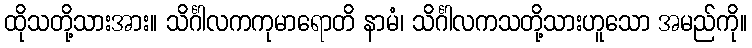
ထိုသတို့သားအား။ သိင်္ဂါလကကုမာရောတိ နာမံ၊ သိင်္ဂါလကသတို့သားဟူသော အမည်ကို။